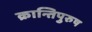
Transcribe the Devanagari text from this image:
क्रान्तिपुरुष